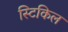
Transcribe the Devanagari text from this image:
स्टिकिल